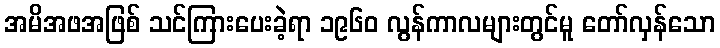
အမိအဖအဖြစ် သင်ကြားပေးခဲ့ရာ ၁၉၆၀ လွန်ကာလများတွင်မူ တော်လှန်သော